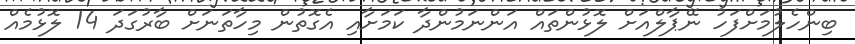
ބިންހެލުމަށްފަހު ނޭޕާލްއަށް ލޮޅުންތައް އަންނަމުންދާ ކަމަށާއި އެގޮތުން މިހާތަނަށް ބާރުގަދަ 14 ލޮޅުމެއް